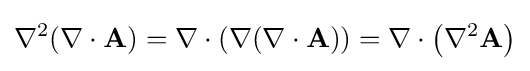
\nabla ^{2}(\nabla \cdot \mathbf {A} )=\nabla \cdot (\nabla (\nabla \cdot \mathbf {A} ))=\nabla \cdot \left(\nabla ^{2}\mathbf {A} \right)